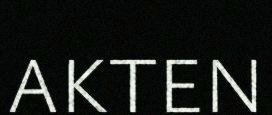
AKTEN